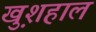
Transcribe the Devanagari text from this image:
खु़शहाल